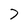
Character: 7